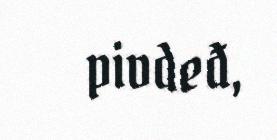
pivdeđ,